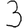
Digit: 3